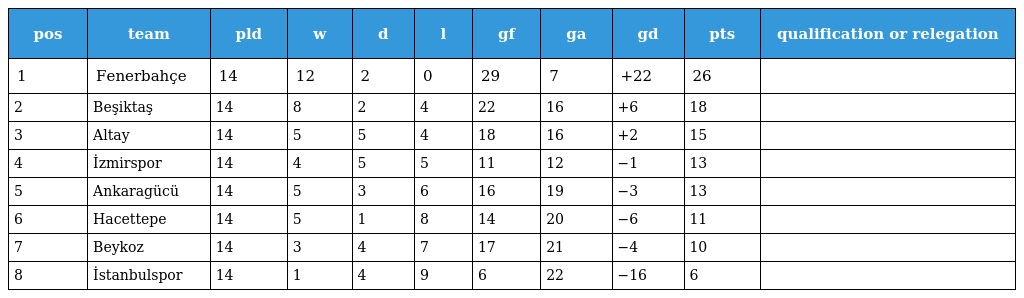
| pos | team | pld | w | d | l | gf | ga | gd | pts | qualification or relegation |
 | --- | --- | --- | --- | --- | --- | --- | --- | --- | --- | --- |
 | 1 | Fenerbahçe | 14 | 12 | 2 | 0 | 29 | 7 | +22 | 26 |  |
 | 2 | Beşiktaş | 14 | 8 | 2 | 4 | 22 | 16 | +6 | 18 |  |
 | 3 | Altay | 14 | 5 | 5 | 4 | 18 | 16 | +2 | 15 |  |
 | 4 | İzmirspor | 14 | 4 | 5 | 5 | 11 | 12 | −1 | 13 |  |
 | 5 | Ankaragücü | 14 | 5 | 3 | 6 | 16 | 19 | −3 | 13 |  |
 | 6 | Hacettepe | 14 | 5 | 1 | 8 | 14 | 20 | −6 | 11 |  |
 | 7 | Beykoz | 14 | 3 | 4 | 7 | 17 | 21 | −4 | 10 |  |
 | 8 | İstanbulspor | 14 | 1 | 4 | 9 | 6 | 22 | −16 | 6 |  |